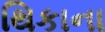
થિકાના